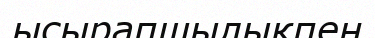
ысырапшылықпен